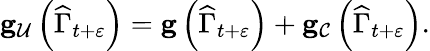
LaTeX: \begin{array}{r}{\mathbf{g}_{\mathcal{U}}\left(\widehat{\Gamma}_{t+\varepsilon}\right)=\mathbf{g}\left(\widehat{\Gamma}_{t+\varepsilon}\right)+\mathbf{g}_{\mathcal{C}}\left(\widehat{\Gamma}_{t+\varepsilon}\right).}\end{array}